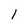
Character: 1